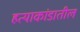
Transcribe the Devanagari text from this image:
हत्याकांडातील